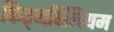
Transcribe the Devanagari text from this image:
फिट्जविलियम